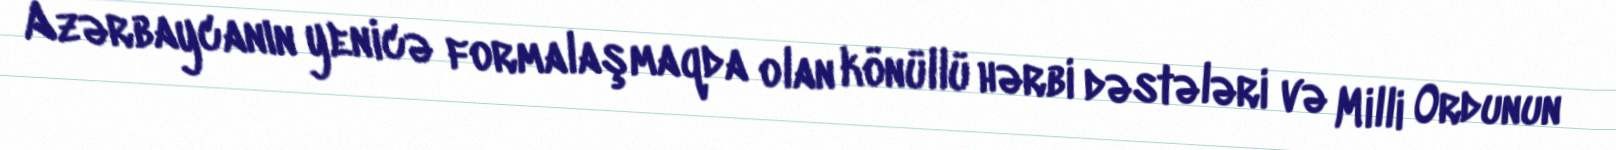
Azərbaycanın yenicə formalaşmaqda olan könüllü hərbi dəstələri və Milli Ordunun